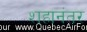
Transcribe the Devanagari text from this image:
शहानंतर